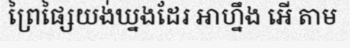
ព្រៃផ្សៃយង់ឃ្នងដែរ អាហ្នឹង អើ តាម